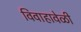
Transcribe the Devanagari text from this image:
विवाहावेळी